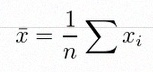
\bar{x}=\frac1n\sum x_i